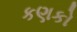
કણકો